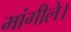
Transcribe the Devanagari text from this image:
मांगीले।